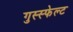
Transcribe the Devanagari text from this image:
गुस्स्फेल्ट